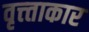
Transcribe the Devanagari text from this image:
वृत्त्ताकार